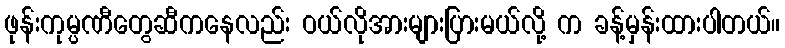
ဖုန်းကုမ္ပဏီတွေဆီကနေလည်း ဝယ်လိုအားများပြားမယ်လို့ က ခန့်မှန်းထားပါတယ်။